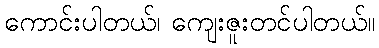
ကောင်းပါတယ်၊ ကျေးဇူးတင်ပါတယ်။